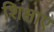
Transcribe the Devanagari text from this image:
शिक्षाए